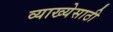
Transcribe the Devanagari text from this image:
व्याख्येसाठी